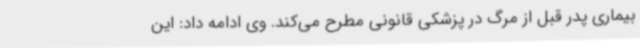
بیماری پدر قبل از مرگ در پزشکی قانونی مطرح می‌کند. وی ادامه داد: این